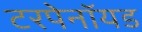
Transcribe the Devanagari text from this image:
टरपेनॉयड